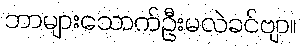
ဘာများသောက်ဦးမလဲခင်ဗျာ။